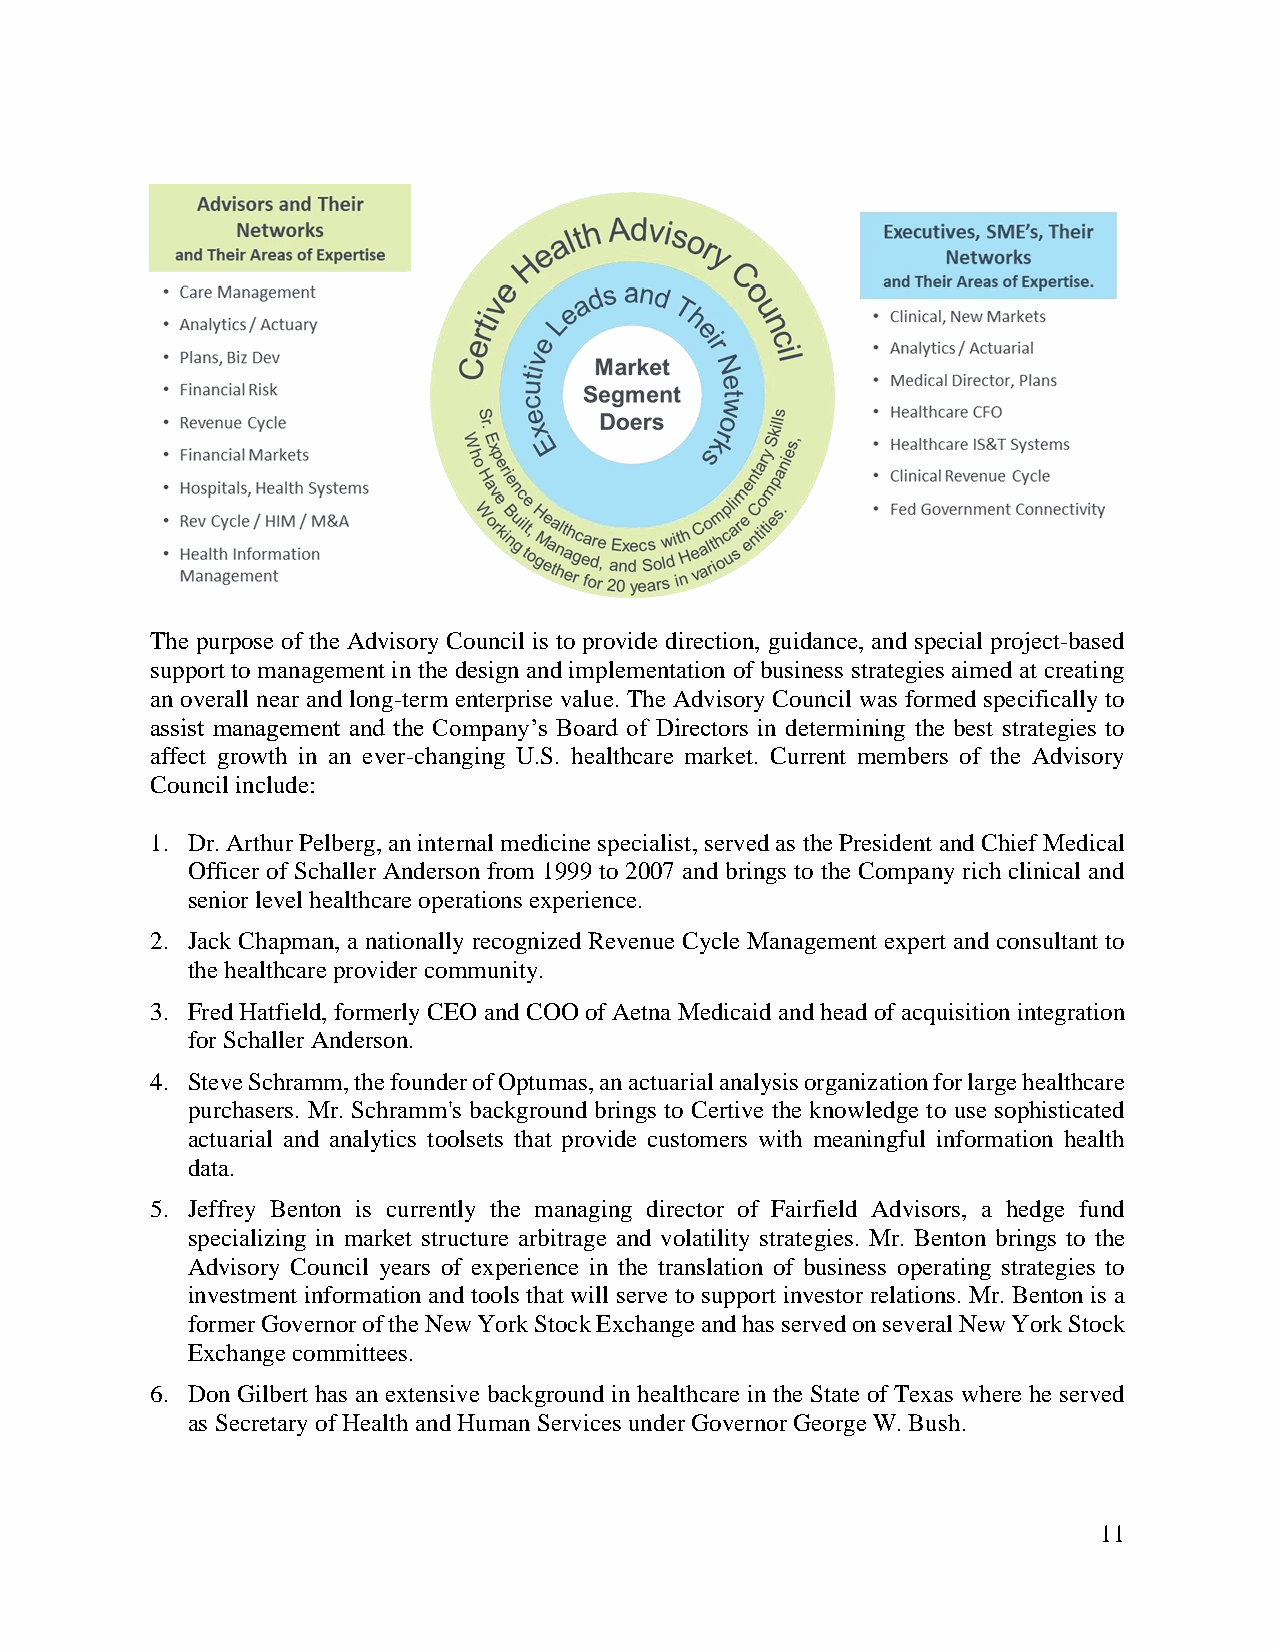
The purpose of the Advisory Council is to provide direction, guidance, and special project-based
 support to management in the design and implementation of business strategies aimed at creating
 an overall near and long-term enterprise value. The Advisory Council was formed specifically to
 assist management and the Company’s Board of Directors in determining the best strategies to
 affect growth in an ever-changing U.S. healthcare market. Current members of the Advisory
 Council include:
 1. Dr. Arthur Pelberg, an internal medicine specialist, served as the President and Chief Medical
 Officer of Schaller Anderson from 1999 to 2007 and brings to the Company rich clinical and
 senior level healthcare operations experience.
 2. Jack Chapman, a nationally recognized Revenue Cycle Management expert and consultant to
 the healthcare provider community.
 3. Fred Hatfield, formerly CEO and COO of Aetna Medicaid and head of acquisition integration
 for Schaller Anderson.
 4. Steve Schramm, the founder of Optumas, an actuarial analysis organization for large healthcare
 purchasers. Mr. Schramm's background brings to Certive the knowledge to use sophisticated
 actuarial and analytics toolsets that provide customers with meaningful information health
 data.
 5. Jeffrey Benton is currently the managing director of Fairfield Advisors, a hedge fund
 specializing in market structure arbitrage and volatility strategies. Mr. Benton brings to the
 Advisory Council years of experience in the translation of business operating strategies to
 investment information and tools that will serve to support investor relations. Mr. Benton is a
 former Governor of the New York Stock Exchange and has served on several New York Stock
 Exchange committees.
 6. Don Gilbert has an extensive background in healthcare in the State of Texas where he served
 as Secretary of Health and Human Services under Governor George W. Bush.
 11